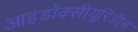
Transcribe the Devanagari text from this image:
आइडॉक्सीयूरिडीन